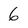
Character: 6